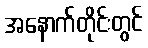
အနောက်တိုင်းတွင်